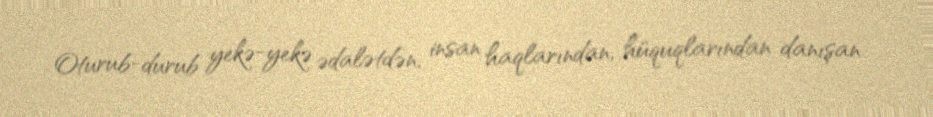
Oturub-durub yekə-yekə ədalətdən, insan haqlarından, hüquqlarından danışan